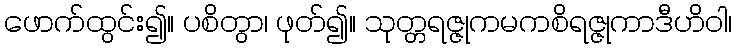
ဖောက်ထွင်း၍။ ပစိတွာ၊ ဖုတ်၍။ သုတ္တရဇ္ဇုကမကစိရဇ္ဇုကာဒီဟိဝါ၊